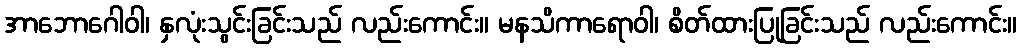
အာဘောဂေါဝါ၊ နှလုံးသွင်းခြင်းသည် လည်းကောင်း။ မနသိကာရောဝါ၊ စိတ်ထားပြုခြင်းသည် လည်းကောင်း။